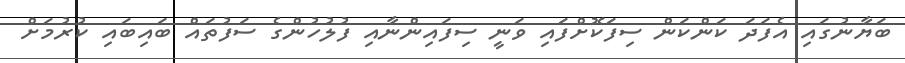
ބަޔާނުގައި އެފަދަ ކަންކަން ސިފަކޮށްފައި ވަނީ ސިފައިންނާއި ފުލުހުންގެ ސަފުތައް ބައިބައި ކުރުމަށް